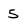
Character: 5